Bulletin of the Pasteur Institute of Southern India, Coonoor - No. 3.
Year: 1910
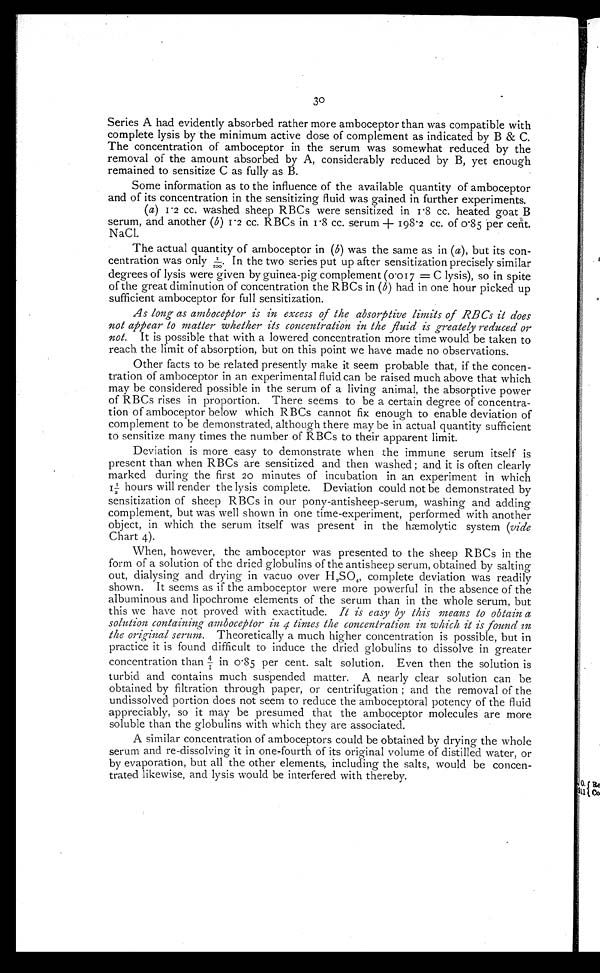
30
Series A had evidently absorbed rather more amboceptor than was compatible with
complete lysis by the minimum active dose of complement as indicated by B & C.
The concentration of amboceptor in the serum was somewhat reduced by the
removal of the amount absorbed by A, considerably reduced by B, yet enough
remained to sensitize C as fully as B.
Some information as to the influence of the available quantity of amboceptor
and of its concentration in the sensitizing fluid was gained in further experiments.
(a) I. 2 cc. washed sheep RBCs were sensitized in 1.8 cc. heated goat B
serum, and another (b) 1. 2 cc. RBCs in 1.8 cc. serum+ 198.2 cc. of 0.85 per cent.
NaCL
The actual quantity of amboceptor in (b) was the same as in (a), but its con-
centration was only 1/1oo.I n t h e t w o s e r i e s p u t u p a f t e r s e n s i t i z a t i o n p r e c i s e l y s i m i l a r
degrees of lysis were given by guinea-pig complement (0.017 = C lysis), so in spite
of the great diminution of concentration the RBCs in (b) had in one hour picked up
sufficient amboceptor for full sensitization.
As long as amboceptor is in excess of the absorptive limits of RBCs it does
not appear to matter whether its concentration in the fluid is greately reduced or
not. It is possible that with a lowered concentration more time would be taken to
reach the limit of absorption, but on this point we have made no observations.
Other facts to be related presently make it seem probable that, if the concen-
tration of amboceptor in an experimental fluid can be raised much above that which
may be considered possible in the serum of a living animal, the absorptive power
of RBCs rises in proportion. There seems to be a certain degree of concentra--
tion of amboceptor below which RBCs cannot fix enough to enable deviation of
complement to be demonstrated, although there may be in actual quantity sufficient
to sensitize many times the number of RBCs to their apparent limit.
Deviation is more easy to demonstrate when the immune serum itself is
present than when RBCs are sensitized and then washed; and it is often clearly
marked during the first 20 minutes of incubation in an experiment in which
1½ hours will render the lysis complete. Deviation could not be demonstrated by
sensitization of sheep RBCs in our pony-antisheep-serum, washing and adding
complement, but was well shown in one time-experiment, performed with another
object, in which the serum itself was present in the hæmolytic system (vide
Chart 4).
When, however, the amboceptor was presented to the sheep RBCs in the
form of a solution of the dried globulins of the antisheep serum, obtained by salting
out, dialysing and drying in vacuo over H 2SO4, complete deviation was readily
shown. It seems as if the amboceptor were more powerful in the absence of the
albuminous and lipochrome elements of the serum than in the whole serum, but
this we have not proved with exactitude. It is easy by this means to obtain a
solution containing amboceptor in 4 times the concentration in which it is found in
the original serum. The oretically a much higher concentration is possible, but in
practice it is found difficult to induce the dried globulins to dissolve in greater
concentration than 4/1 in 0.85 per cent. salt solution. Even then the solution is
turbid and contains much suspended matter. A nearly clear solution can be
obtained by filtration through paper, or centrifugation; and the removal of the
undissolved portion does not seem to reduce the amboceptoral potency of the fluid
appreciably, so it may be presumed that the amboceptor molecules are more
soluble than the globulins with which they are associated.
A similar concentration of amboceptors could be obtained by drying the whole
serum and re-dissolving it in one-fourth of its original volume of distilled water, or
by evaporation, but all the other elements, including the salts, would be concen-
trated likewise, and lysis would be interfered with thereby.